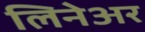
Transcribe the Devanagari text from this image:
लिनेअर